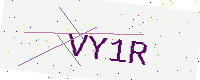
Text: VY1R